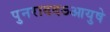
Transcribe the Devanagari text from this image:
पुनराददऽआयुषे